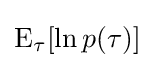
\operatorname {E} _{\tau }[\ln p(\tau )]